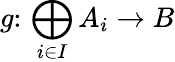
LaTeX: g\colon\, \bigoplus_{i\in I}A_{i}\to B